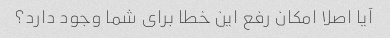
آیا اصلا امکان رفع این خطا برای شما وجود دارد؟